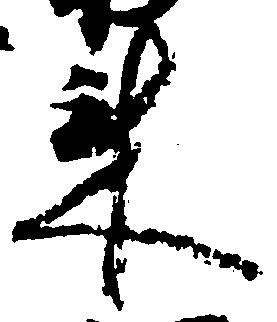
来